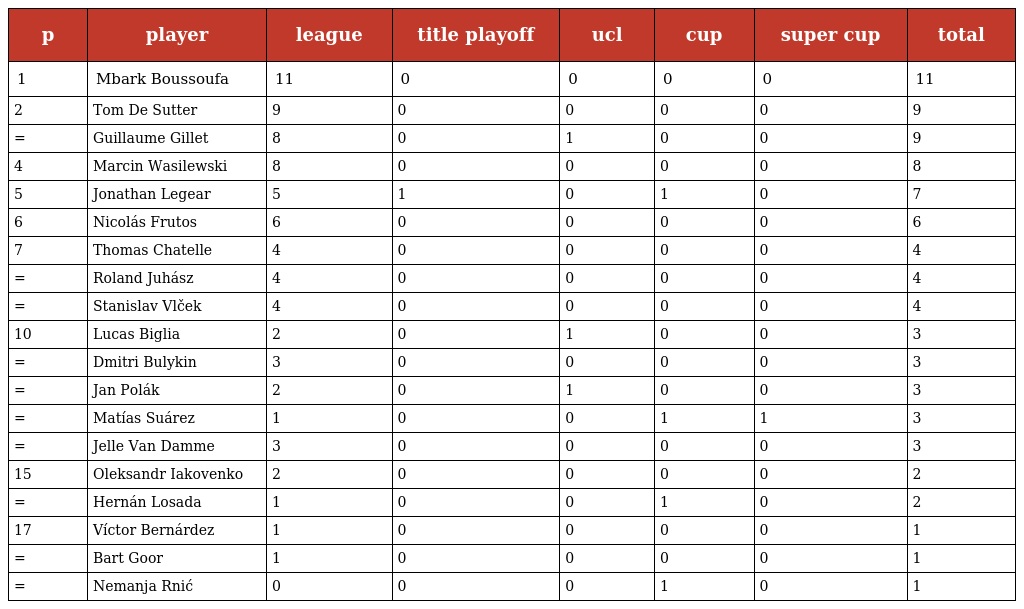
| p | player | league | title playoff | ucl | cup | super cup | total |
 | --- | --- | --- | --- | --- | --- | --- | --- |
 | 1 | Mbark Boussoufa | 11 | 0 | 0 | 0 | 0 | 11 |
 | 2 | Tom De Sutter | 9 | 0 | 0 | 0 | 0 | 9 |
 | = | Guillaume Gillet | 8 | 0 | 1 | 0 | 0 | 9 |
 | 4 | Marcin Wasilewski | 8 | 0 | 0 | 0 | 0 | 8 |
 | 5 | Jonathan Legear | 5 | 1 | 0 | 1 | 0 | 7 |
 | 6 | Nicolás Frutos | 6 | 0 | 0 | 0 | 0 | 6 |
 | 7 | Thomas Chatelle | 4 | 0 | 0 | 0 | 0 | 4 |
 | = | Roland Juhász | 4 | 0 | 0 | 0 | 0 | 4 |
 | = | Stanislav Vlček | 4 | 0 | 0 | 0 | 0 | 4 |
 | 10 | Lucas Biglia | 2 | 0 | 1 | 0 | 0 | 3 |
 | = | Dmitri Bulykin | 3 | 0 | 0 | 0 | 0 | 3 |
 | = | Jan Polák | 2 | 0 | 1 | 0 | 0 | 3 |
 | = | Matías Suárez | 1 | 0 | 0 | 1 | 1 | 3 |
 | = | Jelle Van Damme | 3 | 0 | 0 | 0 | 0 | 3 |
 | 15 | Oleksandr Iakovenko | 2 | 0 | 0 | 0 | 0 | 2 |
 | = | Hernán Losada | 1 | 0 | 0 | 1 | 0 | 2 |
 | 17 | Víctor Bernárdez | 1 | 0 | 0 | 0 | 0 | 1 |
 | = | Bart Goor | 1 | 0 | 0 | 0 | 0 | 1 |
 | = | Nemanja Rnić | 0 | 0 | 0 | 1 | 0 | 1 |